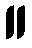
။